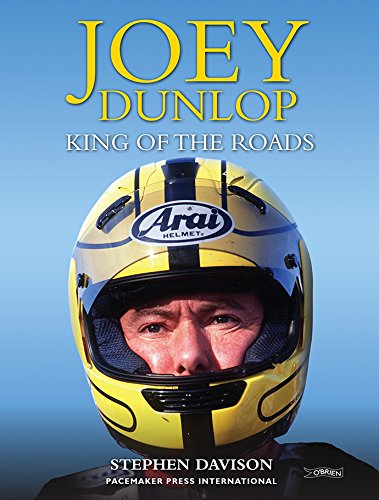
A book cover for Joey Dunlop: King of the Roads; Stephen Davison; Sports & Outdoors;